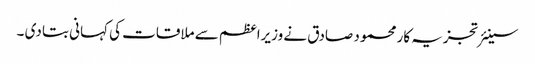
سینئر تجزیہ کار محمود صادق نے وزیراعظم سے ملاقات کی کہانی بتا دی ۔